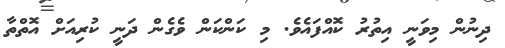
ދިނުން މިވަނީ އިތުރު ކޮއްފައެވެ. މި ކަންކަން ވެގެން ދަނީ ކުރިއަށް އޮތްތާ